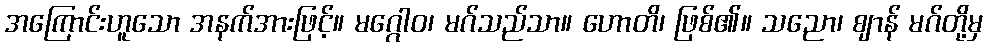
အကြောင်းဟူသော အနက်အားဖြင့်။ မဂ္ဂေါဝ၊ မဂ်သည်သာ။ ဟောတိ၊ ဖြစ်၏။ သညော၊ ဈာန် မဂ်တို့မှ